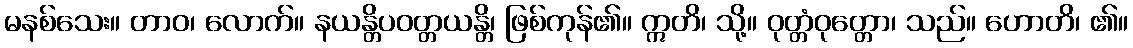
မနစ်သေး။ တာဝ၊ လောက်။ နယန္တိပဝတ္တယန္တိ၊ ဖြစ်ကုန်၏။ ဣတိ၊ သို့။ ဝုတ္တံဝုတ္တော၊ သည်။ ဟောတိ၊ ၏။